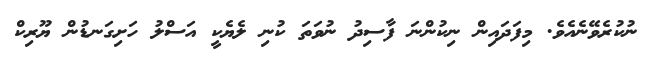
ނުކުރެވޭނެއެވެ. މިފަދައިން ނިކުންނަ ފާސިދު ނުވަތަ ކުނި ލެޔެކީ އަސްލު ހަށިގަނޑުން ޔޫރިކް